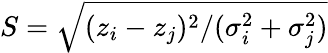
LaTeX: S=\sqrt{(z_{i}-z_{j})^{2}/(\sigma_{i}^{2}+\sigma_{j}^{2})}